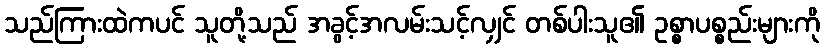
သည်ကြားထဲကပင် သူတို့သည် အခွင့်အလမ်းသင့်လျှင် တစ်ပါးသူ၏ ဥစ္စာပစ္စည်းများကို